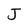
Character: J